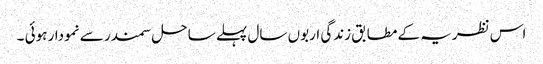
اس نظریہ کے مطابق زندگی اربوں سال پہلے ساحل سمندر سے نمودار ہوئی ۔